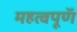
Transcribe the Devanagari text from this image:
महत्वपूणॅ